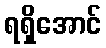
ရရှိအောင်